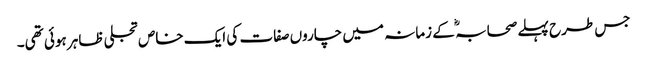
جس طرح پہلے صحابہ ؓ کے زمانہ میں چاروں صفات کی ایک خاص تجلی ظاہر ہوئی تھی۔